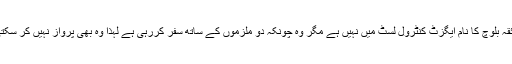
فائقہ بلوچ کا نام ایگزٹ کنٹرول لسٹ میں نہیں ہے مگر وہ چونکہ دو ملزموں کے ساتھ سفر کررہی ہے لہذا وہ بھی پرواز نہیں کر سکتی۔